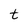
Character: t